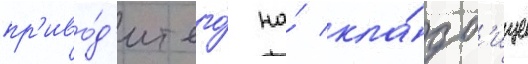
пр'иво́д'ит его́ на́ кла́дб'ище